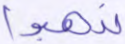
تذهبوا